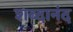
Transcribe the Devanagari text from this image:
शब्दानंद